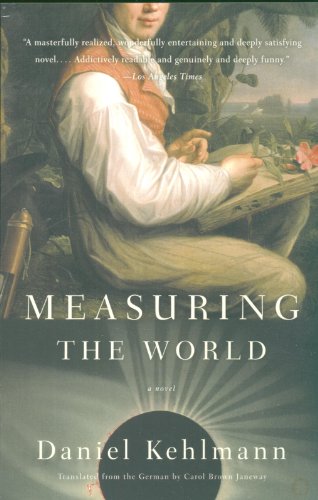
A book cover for Measuring the World: A Novel; Daniel Kehlmann; Literature & Fiction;